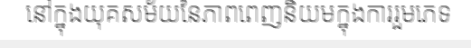
នៅក្នុងយុគសម័យនៃភាពពេញនិយមក្នុងការរួមភេទ